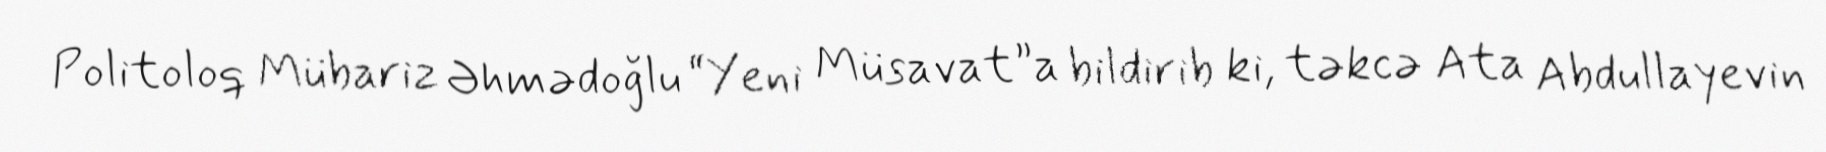
Politoloq Mübariz Əhmədoğlu “Yeni Müsavat”a bildirib ki, təkcə Ata Abdullayevin